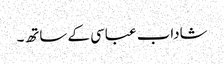
شاداب عباسی کے ساتھ۔